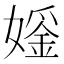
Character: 𪦢